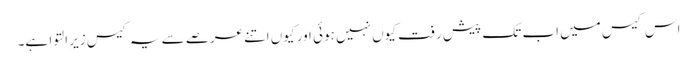
اس کیس میں اب تک پیش رفت کیوں نہیں ہوئی اور کیوں اتنے عرصے سے یہ کیس زیرِ التوا ہے۔